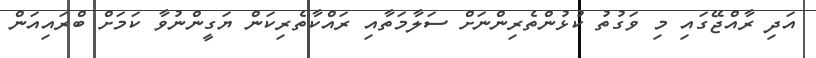
އަދި ރާއްޖޭގައި މި ވަގުތު ކުޅުންތެރިންނަށް ސަލާމަތާއި ރައްކާތެރިކަން ޔަގީންނުވާ ކަމަށް ބްރައިއަން